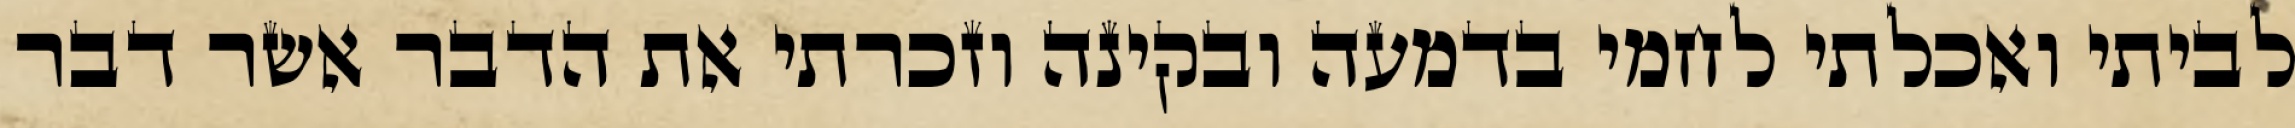
לביתי ואכלתי לחמי בדמעה ובקינה וזכרתי את הדבר אשר דבר